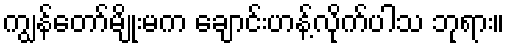
ကျွန်တော်မျိုးမက ချောင်းဟန့်လိုက်ပါသ ဘုရား။